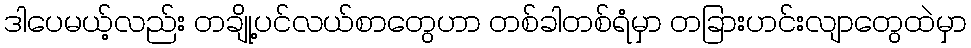
ဒါပေမယ့်လည်း တချို့ပင်လယ်စာတွေဟာ တစ်ခါတစ်ရံမှာ တခြားဟင်းလျာတွေထဲမှာ